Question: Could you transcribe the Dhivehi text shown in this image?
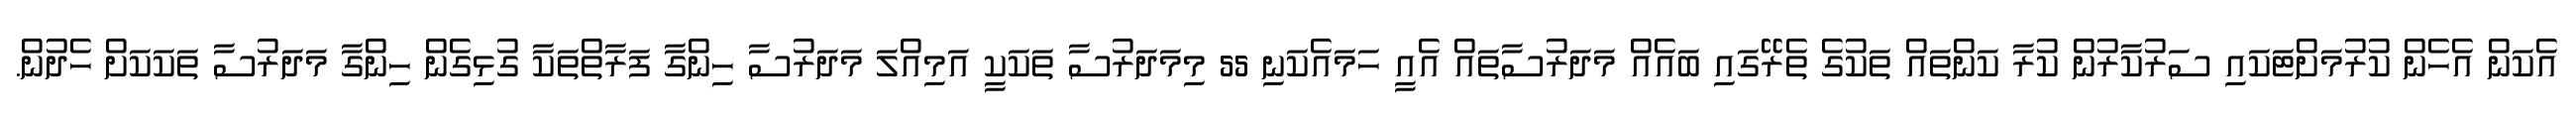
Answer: އެކަން އެހެން ކުރުމަށްޓަކައި ސަރުކާރުން ކުރާ ކަންތައް ތަކުގެ ތެރޭގައި ބައެއް މަދަރުސާތައް އެއީ ހަމައެކަނި 55 މިމަދަރުސާ ތަކަކީ އަމިއްލަ މަދަރުސާ ހިންގާ ފަރާތްތަކާ ގުޅިގެން ހިންގާ މަދަރުސާ ތަކަކަށް ހެދުން.